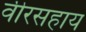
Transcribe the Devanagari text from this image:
वीरसहाय